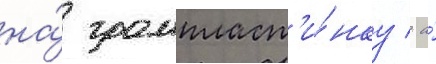
на́ грампласт'и́нку / а́